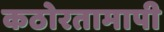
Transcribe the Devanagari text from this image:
कठोरतामापी